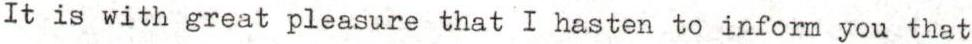
It is with great pleasure that I hasten to inform you that